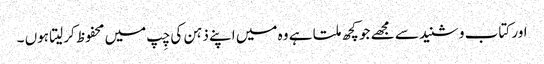
اور کتاب و شنید سے مجھے جو کچھ ملتا ہے وہ میں اپنے ذہن کی چِپ میں محفوظ کرلیتا ہوں ۔